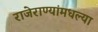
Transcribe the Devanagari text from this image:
राजेराण्यांमधल्या